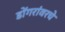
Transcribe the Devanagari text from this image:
डोंगरांवरचे